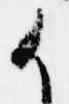
候